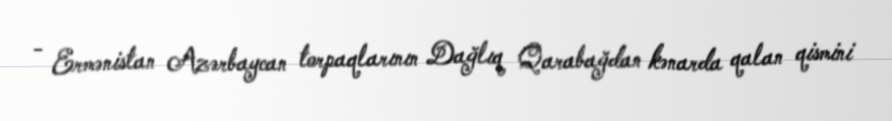
- Ermənistan Azərbaycan torpaqlarının Dağlıq Qarabağdan kənarda qalan qismini